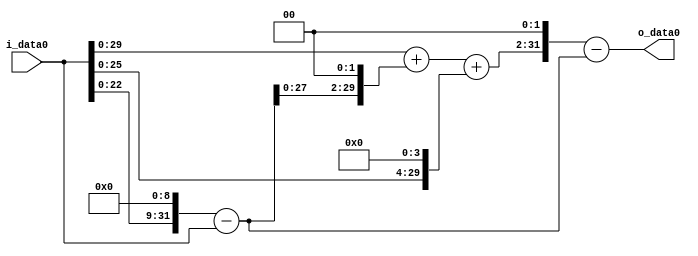
module multiplier_block_99 (
    i_data0,
    o_data0
);
  input   [31:0] i_data0;
  output  [31:0]
    o_data0;
  wire [31:0]
    w1,
    w512,
    w511,
    w2044,
    w2045,
    w16,
    w2061,
    w8244,
    w7733;
  assign w1 = i_data0;
  assign w16 = w1 << 4;
  assign w2044 = w511 << 2;
  assign w2045 = w1 + w2044;
  assign w2061 = w2045 + w16;
  assign w511 = w512 - w1;
  assign w512 = w1 << 9;
  assign w7733 = w8244 - w511;
  assign w8244 = w2061 << 2;
  assign o_data0 = w7733;
endmodule